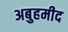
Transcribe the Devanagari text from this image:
अबुहमीद